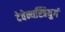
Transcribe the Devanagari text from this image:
देवेन्यस्त्रियुगं